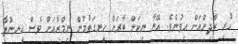
ހުރި ރާދިންއަށް އިވުނެވެ. އޭނާ ނިކަން ބާރަށް ހީނގަތުމުން ނިމްރާއަށް ވެސް ހީނނުލާ